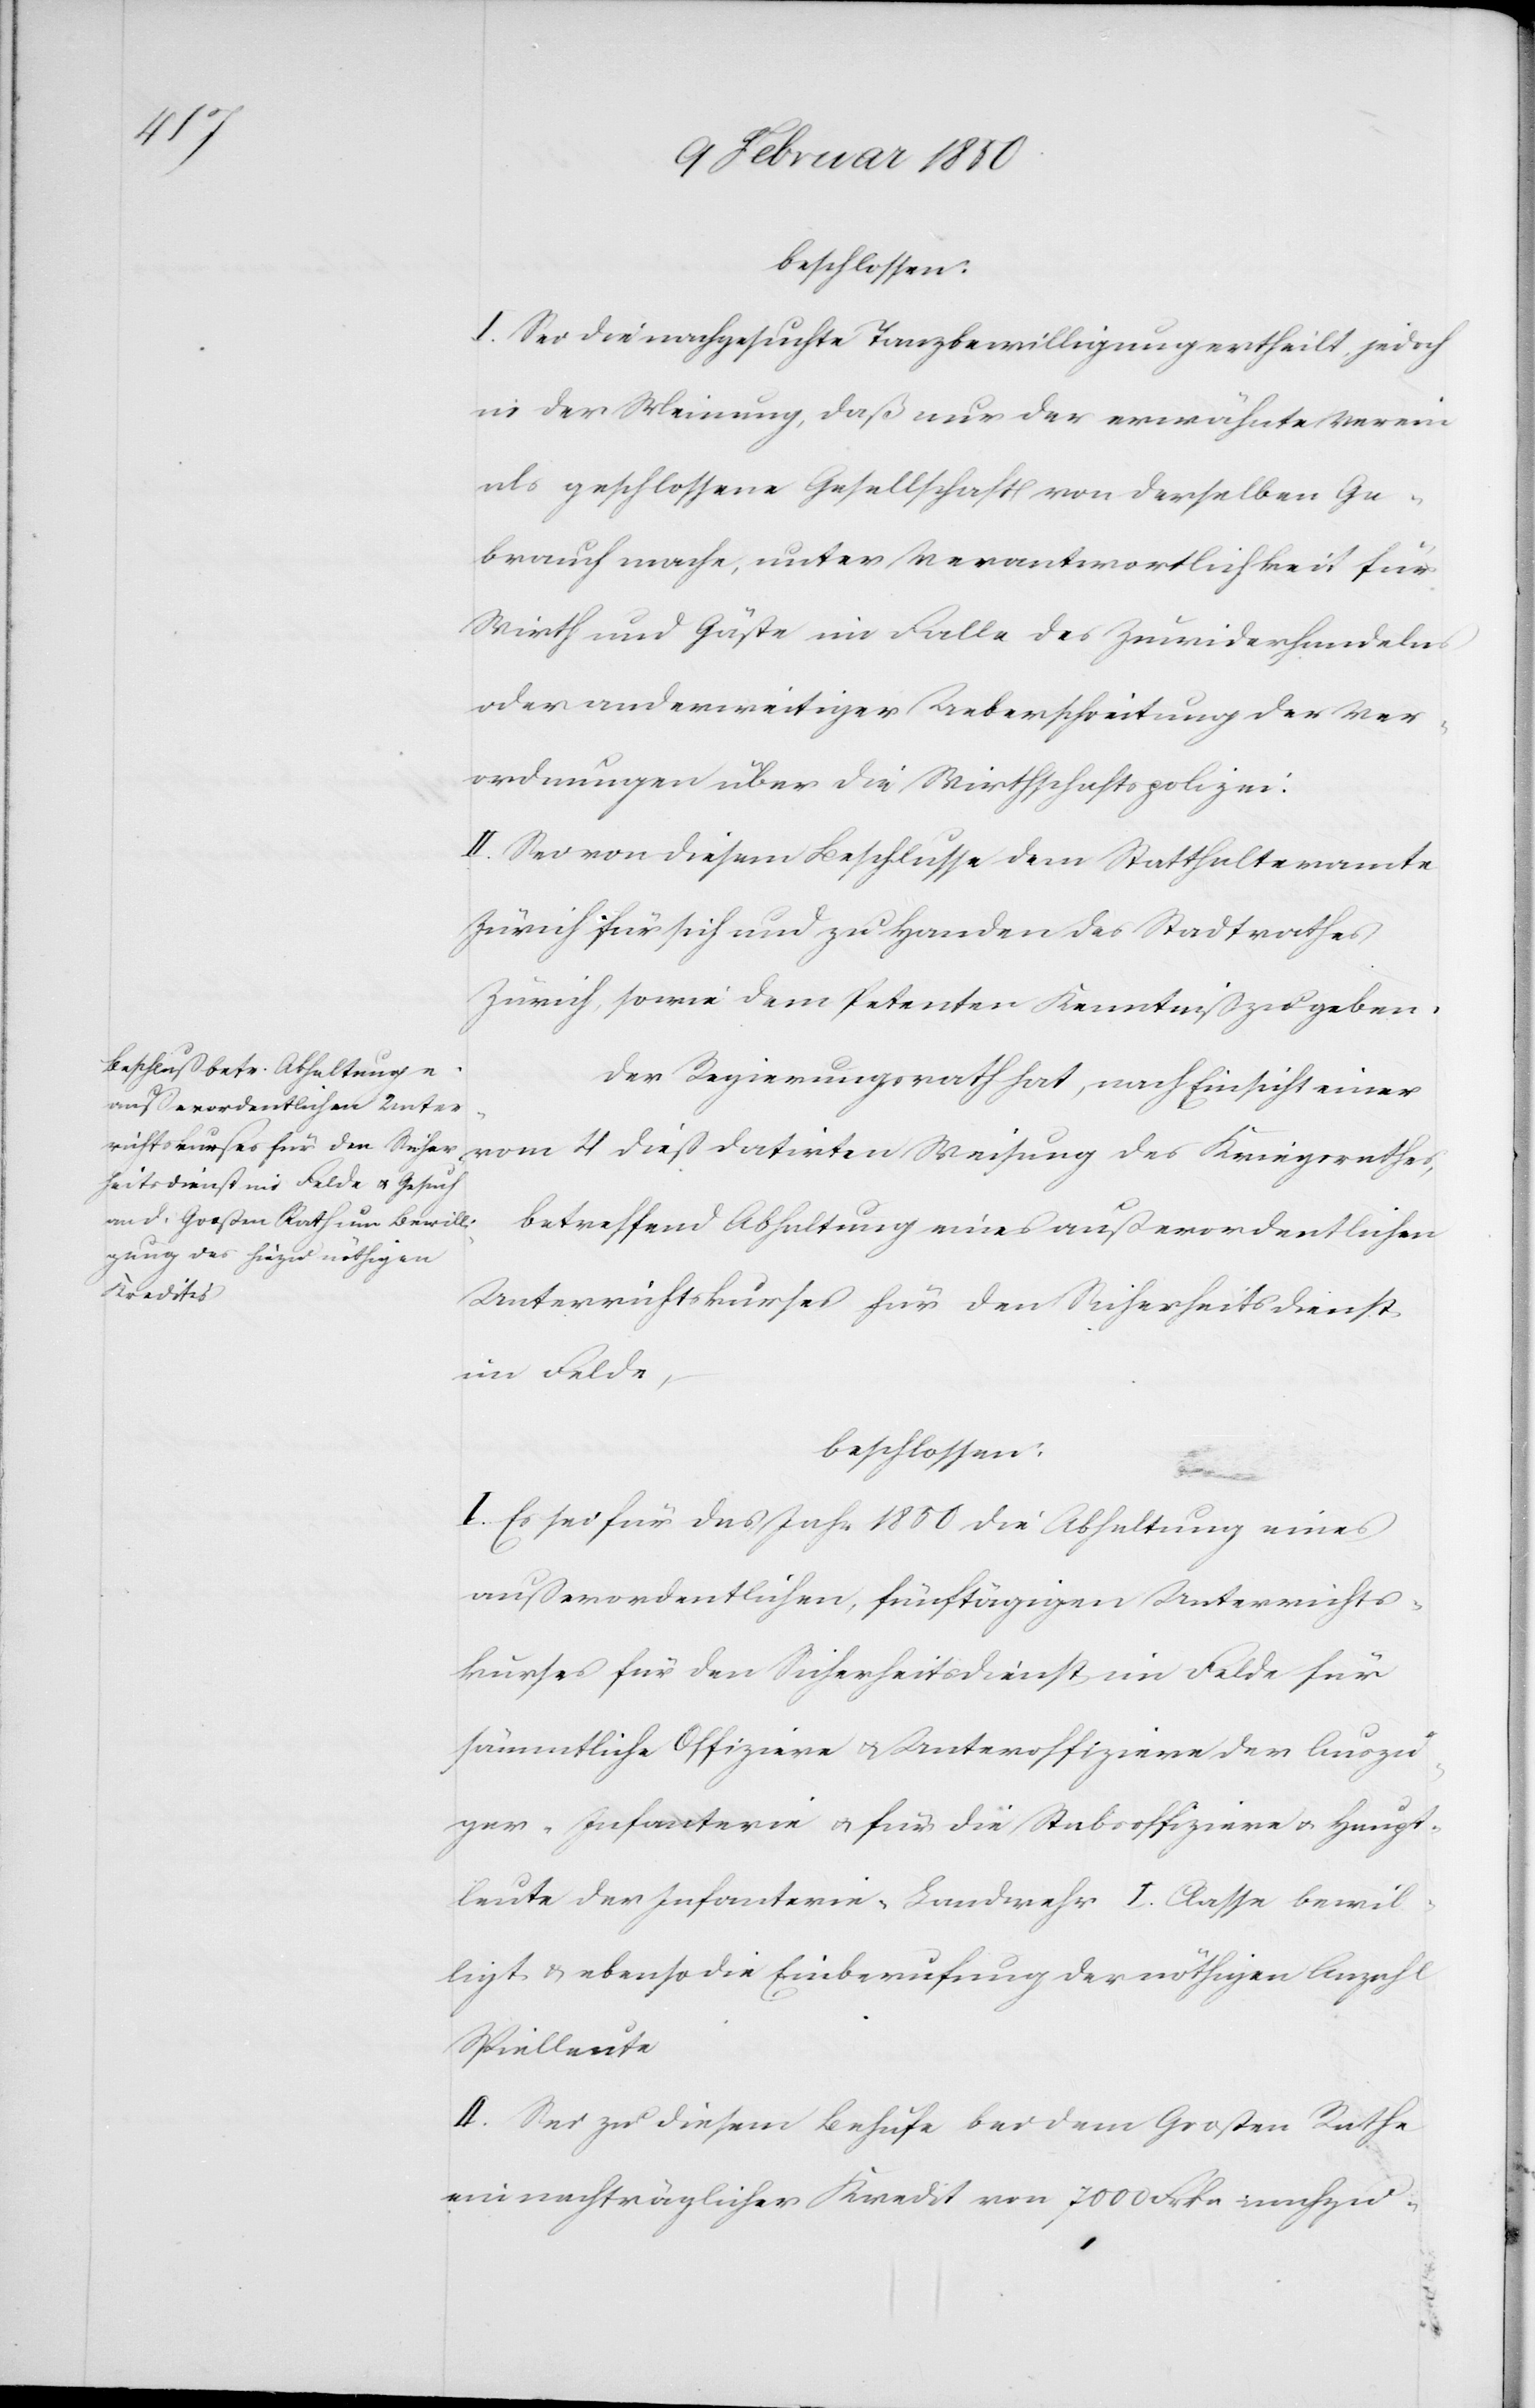
beschlossen:
I. Sei die nachgesuchte Tanzbewilligung ertheilt, jedoch
in der Meinung, daß nur der erwähnte Verein
als geschlossene Gesellschaft von derselben Ge¬
brauch mache, unter Verantwortlichkeit für
Wirth und Gäste im Falle des Zuwiderhandelns
oder anderweitiger Ueberschreitung der Ver¬
ordnungen über die Wirthschaftspolizei:
II. Sei von diesem Beschlusse dem Statthalteramte
Zürich für sich und zu Handen des Stadtrathes
Zürich sowie dem Petenten Kenntniß zu geben.
Der Regierungsrath hat, nach Einsicht einer
betreffend Abhaltung eines außerordentlichen
Kriegsrathes,
Unterrichtskurses für den Sicherheitsdienst
im Felde,
beschlossen:
des
I. Es sei für das Jahr 1850 die Abhaltung eines
außerordentlichen, fünftägigen Unterrichts¬
kurses für den Sicherheitsdienst im Felde für
sämmtliche Offiziere u. Unteroffiziere der Auszü¬
ger-Infanterie u. für die Stabsoffiziere u. Haupt¬
leute der Infanterie-Landwehr I. Classe bewil¬
ligt u. ebenso die Einberufung der nöthigen Anzahl
Spielleute
II. Sei zu diesem Behufe bei dem Großen Rathe
ein nachträglicher Kredit von 7000 Frkn nachzu-